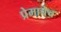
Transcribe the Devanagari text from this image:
प्रेमाचेच